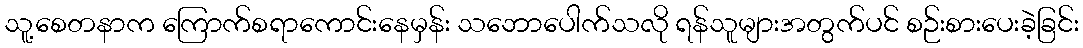
သူ့စေတနာက ကြောက်စရာကောင်းနေမှန်း သဘောပေါက်သလို ရန်သူများအတွက်ပင် စဉ်းစားပေးခဲ့ခြင်း